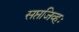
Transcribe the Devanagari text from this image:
सप्तजिव्हः